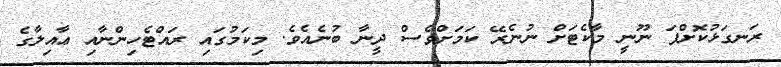
ރަނގަޅުކޮށްފަ ނޫނީ މާކެޓަށް ނުނެރޭ ކަމަށްވެސް ދީނާ ބުނެއެވެ. މިކަމުގައި ރައްޓެހިންނާއި ޢާއިލާގެ